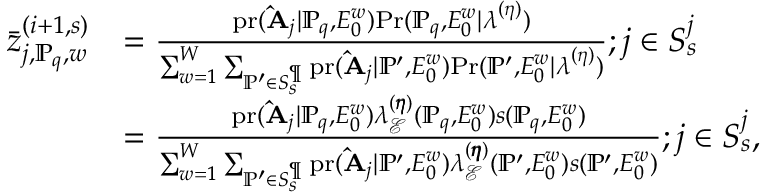
\begin{array} { r l } { \bar { z } _ { j , \mathbb { P } _ { q } , w } ^ { ( i + 1 , s ) } } & { = \frac { \mathrm { p r } ( \mathbf { \hat { A } } _ { j } | \mathbb { P } _ { q } , E _ { 0 } ^ { w } ) \mathrm { P r } ( \mathbb { P } _ { q } , E _ { 0 } ^ { w } | \boldsymbol { \lambda } ^ { ( \boldsymbol { \eta } ) } ) } { \sum _ { w = 1 } ^ { W } \sum _ { \mathbb { P } ^ { \prime } \in S _ { s } ^ { \P } } \mathrm { p r } ( \mathbf { \hat { A } } _ { j } | \mathbb { P } ^ { \prime } , E _ { 0 } ^ { w } ) \mathrm { P r } ( \mathbb { P } ^ { \prime } , E _ { 0 } ^ { w } | \boldsymbol { \lambda } ^ { ( \boldsymbol { \eta } ) } ) } ; j \in S _ { s } ^ { j } } \\ & { = \frac { \mathrm { p r } ( \mathbf { \hat { A } } _ { j } | \mathbb { P } _ { q } , E _ { 0 } ^ { w } ) \lambda _ { \mathcal { E } } ^ { ( \pmb { \eta } ) } ( \mathbb { P } _ { q } , E _ { 0 } ^ { w } ) s ( \mathbb { P } _ { q } , E _ { 0 } ^ { w } ) } { \sum _ { w = 1 } ^ { W } \sum _ { \mathbb { P } ^ { \prime } \in S _ { s } ^ { \P } } \mathrm { p r } ( \mathbf { \hat { A } } _ { j } | \mathbb { P } ^ { \prime } , E _ { 0 } ^ { w } ) \lambda _ { \mathcal { E } } ^ { ( \pmb { \eta } ) } ( \mathbb { P } ^ { \prime } , E _ { 0 } ^ { w } ) s ( \mathbb { P } ^ { \prime } , E _ { 0 } ^ { w } ) } ; j \in S _ { s } ^ { j } , } \end{array}